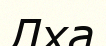
Лха